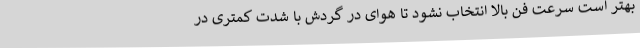
بهتر است سرعت فن بالا انتخاب نشود تا هوای در گردش با شدت کمتری در